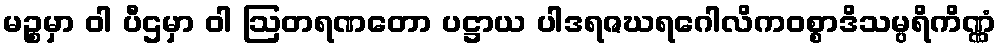
မဉ္စမှာ ဝါ ပီဌမှာ ဝါ ဩတရဏတော ပဋ္ဌာယ ပါဒရဇဃရဂေါလိကဝစ္စာဒိသမ္ပရိကိဏ္ဏံ